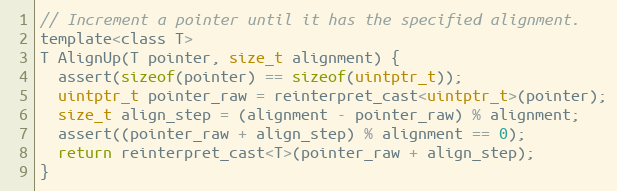
Language: C
// Increment a pointer until it has the specified alignment.
template<class T>
T AlignUp(T pointer, size_t alignment) {
  assert(sizeof(pointer) == sizeof(uintptr_t));
  uintptr_t pointer_raw = reinterpret_cast<uintptr_t>(pointer);
  size_t align_step = (alignment - pointer_raw) % alignment;
  assert((pointer_raw + align_step) % alignment == 0);
  return reinterpret_cast<T>(pointer_raw + align_step);
}